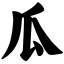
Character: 瓜